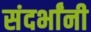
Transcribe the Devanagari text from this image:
संदर्भांनी